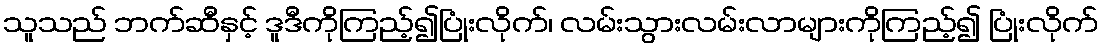
သူသည် ဘက်ဆီနှင့် ဒူဒီကိုကြည့်၍ပြုံးလိုက်၊ လမ်းသွားလမ်းလာများကိုကြည့်၍ ပြုံးလိုက်